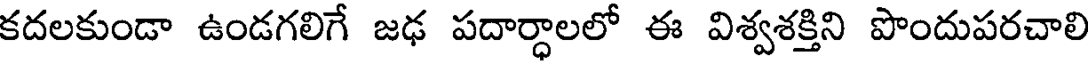
కదలకుండా ఉండగలిగే జఢ పదార్ధాలలో ఈ విశ్వశక్తిని పొందుపరచాలి